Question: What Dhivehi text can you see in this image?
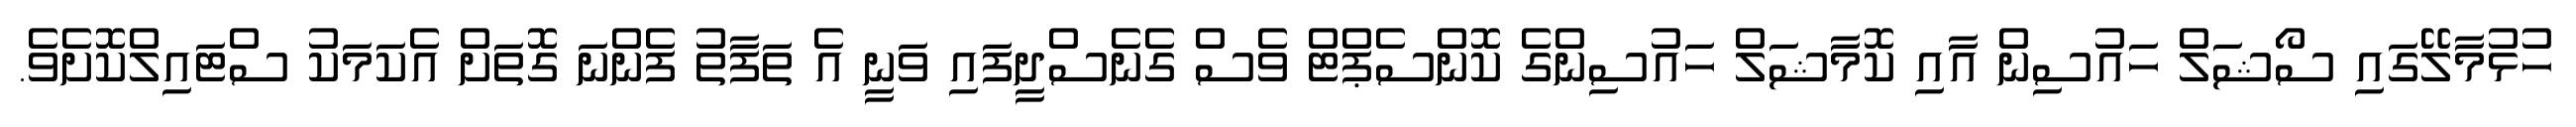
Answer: ހުޅުމާލޭގައި ސޯޝަލް ހައުސިން އާއި ކޮމާޝަލް ހައުސިންގެ ކޮންސެޕްޓް ވެސް ގެނެސްދީފައި ވަނީ އެ ތަފާތު ފެންނަ ގޮތަށް އެކަމަކު ސްޓައިލްކޮށެވެ.